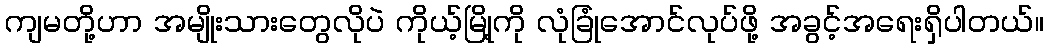
ကျမတို့ဟာ အမျိုးသားတွေလိုပဲ ကိုယ့်မြို့ကို လုံခြုံအောင်လုပ်ဖို့ အခွင့်အရေးရှိပါတယ်။